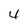
Character: 4